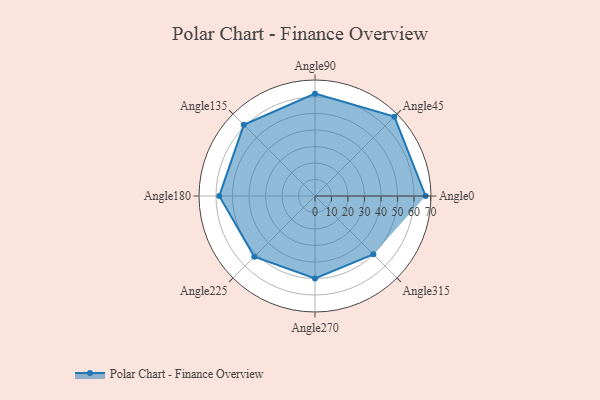
{"axis": {"x": "Angle", "y": "Radius"}, "legend": [""], "data": [{"x": "Angle0", "y": 67.0, "type": ""}, {"x": "Angle45", "y": 68.0, "type": ""}, {"x": "Angle90", "y": 62.0, "type": ""}, {"x": "Angle135", "y": 61.0, "type": ""}, {"x": "Angle180", "y": 58.0, "type": ""}, {"x": "Angle225", "y": 52.0, "type": ""}, {"x": "Angle270", "y": 50, "type": ""}, {"x": "Angle315", "y": 50, "type": ""}]}